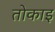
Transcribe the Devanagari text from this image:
तोकाइ